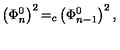
\left( \Phi _ { n } ^ { 0 } \right) ^ { 2 } { = } _ { c } \left( \Phi _ { n - 1 } ^ { 0 } \right) ^ { 2 } ,